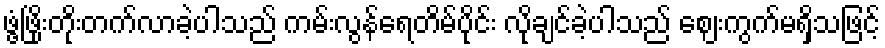
ဖွံ့ဖြိုးတိုးတက်လာခဲ့ပါသည် ကမ်းလွန်ရေတိမ်ပိုင်း လိုချင်ခဲ့ပါသည် ဈေးကွက်မရှိသဖြင့်